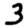
Digit: 3